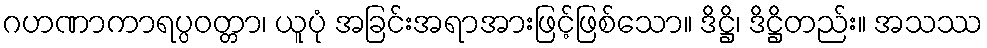
ဂဟဏာကာရပ္ပဝတ္တာ၊ ယူပုံ အခြင်းအရာအားဖြင့်ဖြစ်သော။ ဒိဋ္ဌိ၊ ဒိဋ္ဌိတည်း။ အသဿ